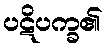
ပဋိပက္ခ၏